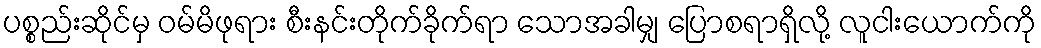
ပစ္စည်းဆိုင်မှ ဝမ်မိဖုရား စီးနင်းတိုက်ခိုက်ရာ သောအခါမျှ ပြောစရာရှိလို့ လူငါးယောက်ကို